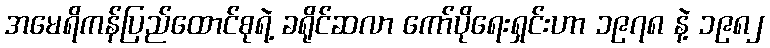
အမေရိကန်ပြည်ထောင်စုရဲ့ ခရိုင်ဆလာ ကော်ပိုရေးရှင်းဟာ ၁၉၇၈ နဲ့ ၁၉၈၂